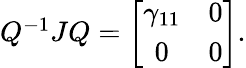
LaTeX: \begin{array}{r}{Q^{-1}JQ=\left[{\begin{array}{cc}{\gamma_{11}}&{0}\\ {0}&{0}\end{array}}\right].}\end{array}